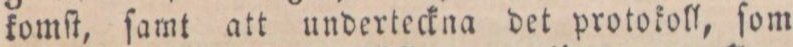
komſt, ſamt att underteckna det protokoll, ſom